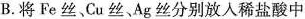
B. 将Fe丝、Cu丝、Ag丝分别放入稀盐酸中